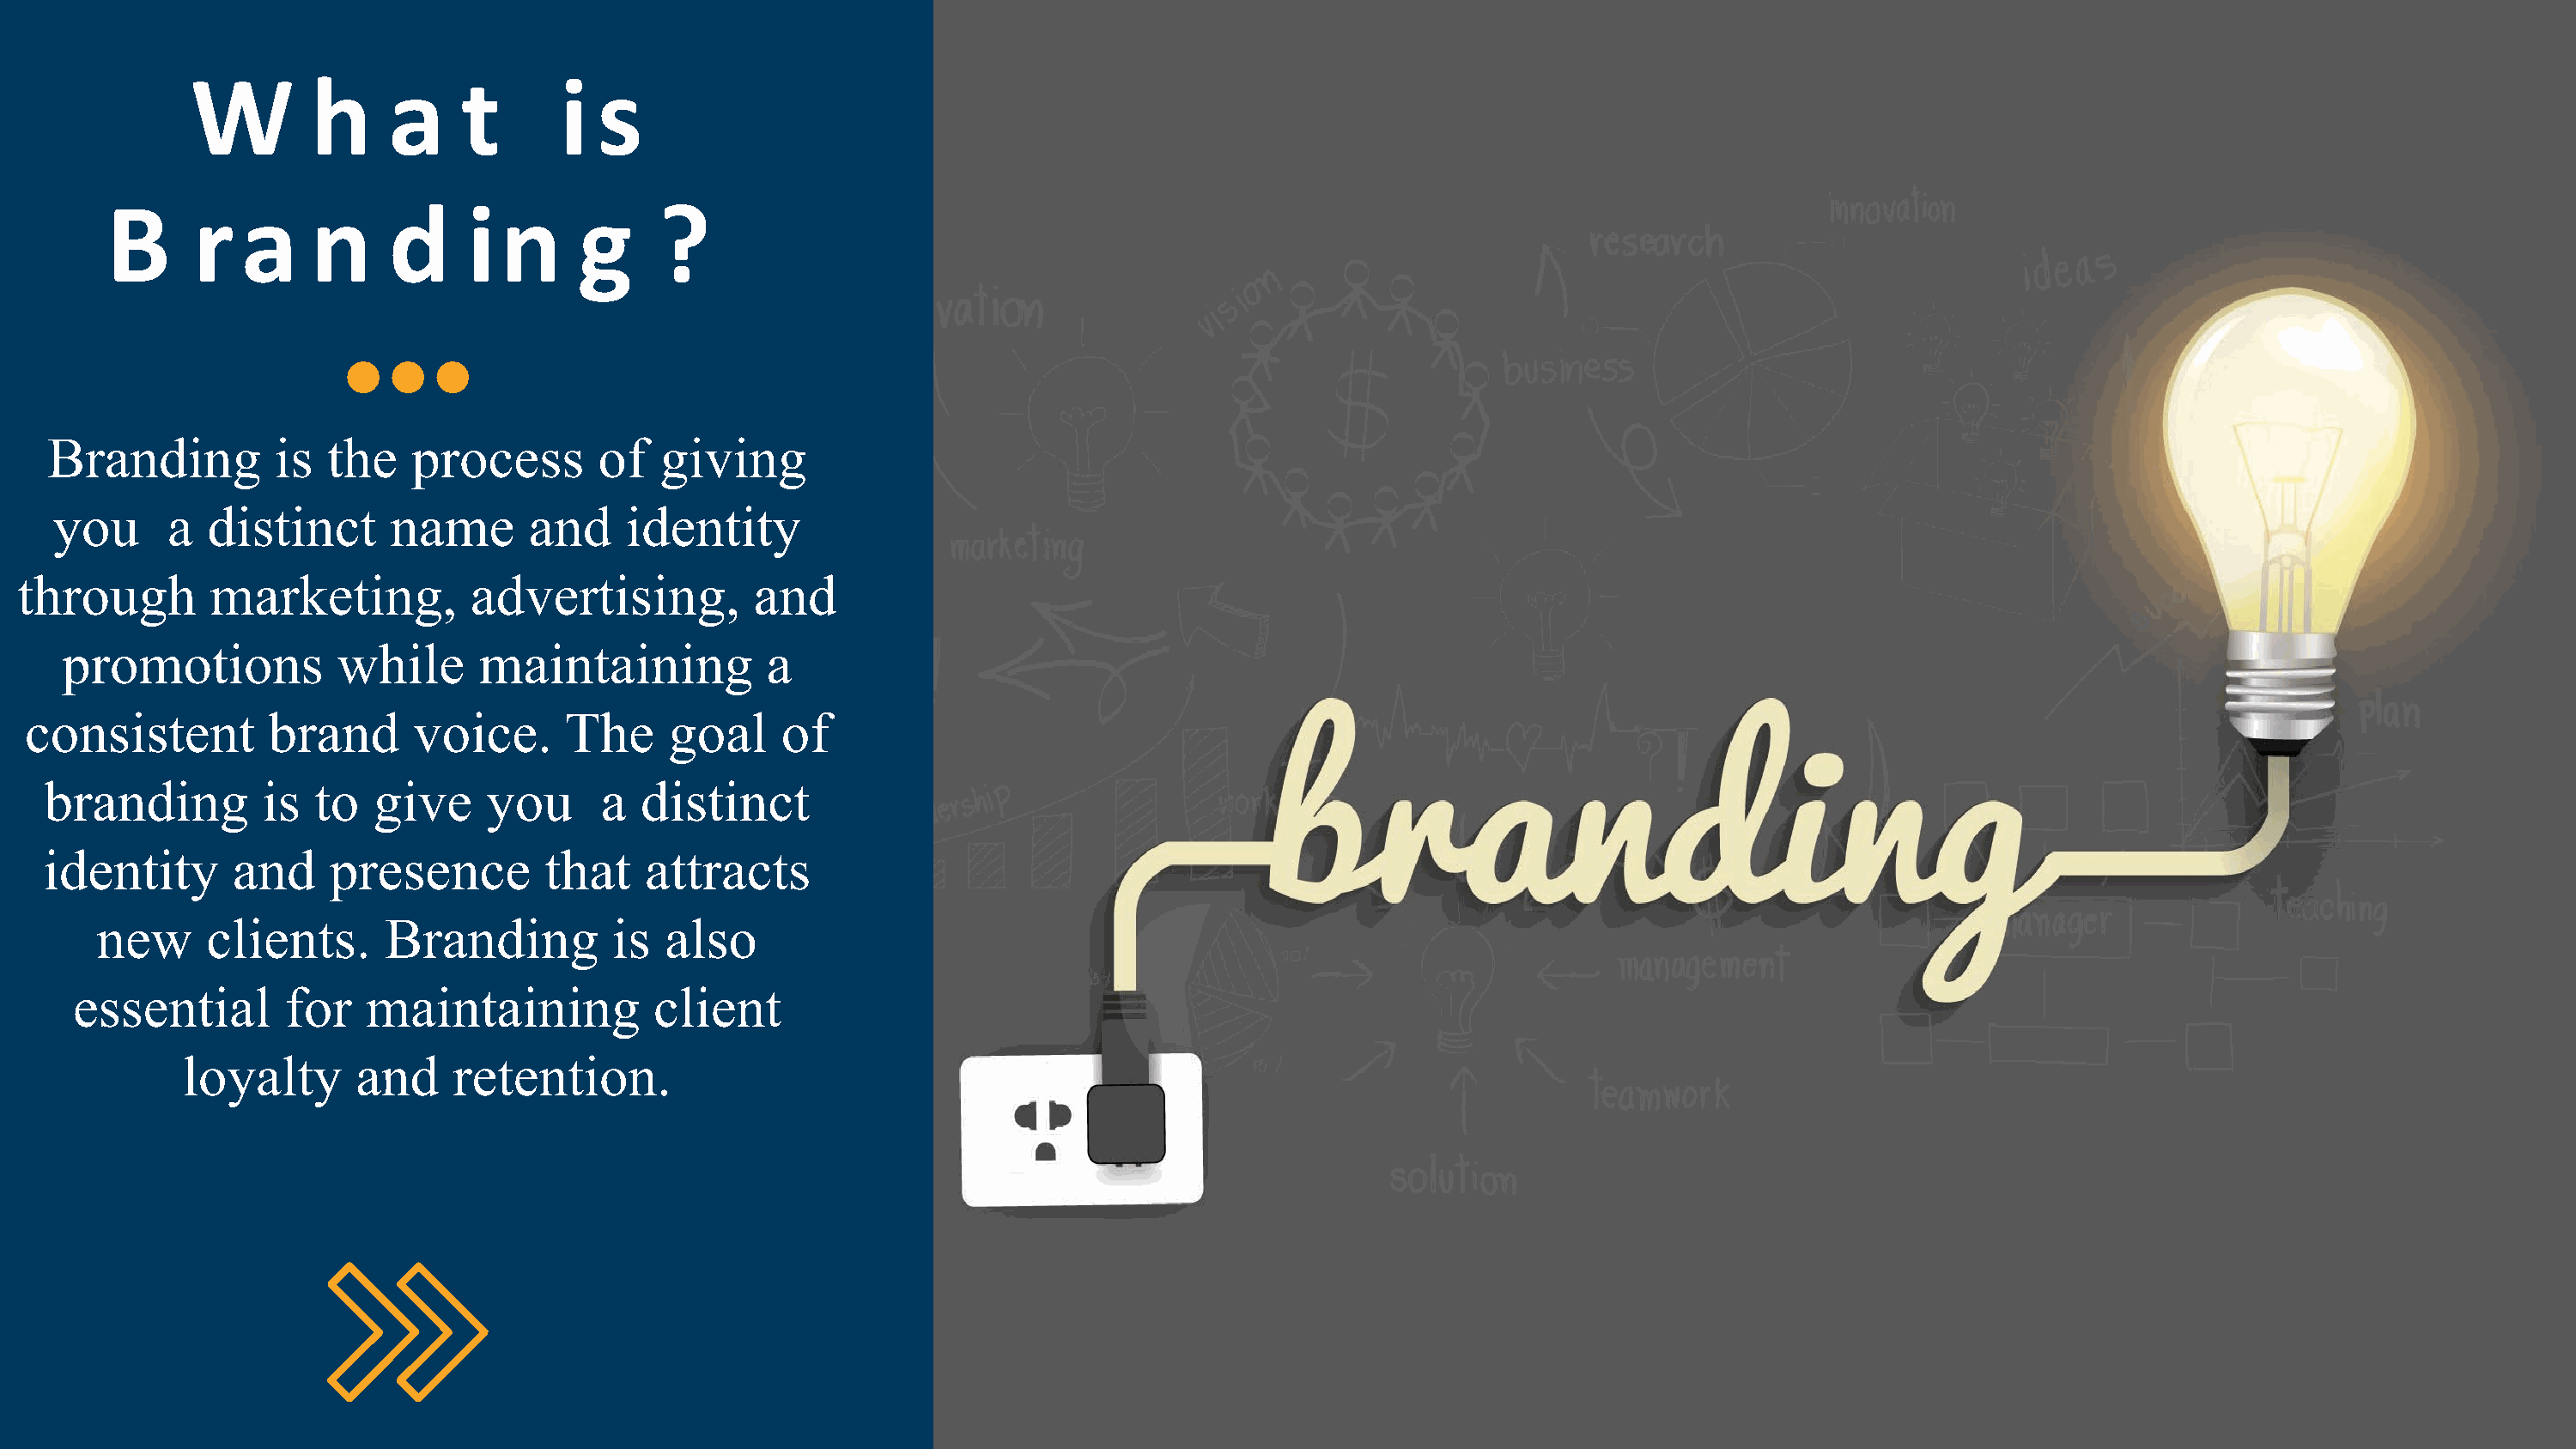
W        h     a     t      i  s
 B      r   a    n     d     in       g     ?
 Branding         is  the    process       of   giving
 you      a  distinct      name       and    identity
 through        marketing,          advertising,          and
 promotions           while      maintaining           a
 consistent         brand      voice.      The     goal    of
 branding         is  to   give    you      a  distinct
 identity       and    presence         that    attracts
 new      clients.      Branding         is  also
 essential       for   maintaining           client
 loyalty      and     retention.